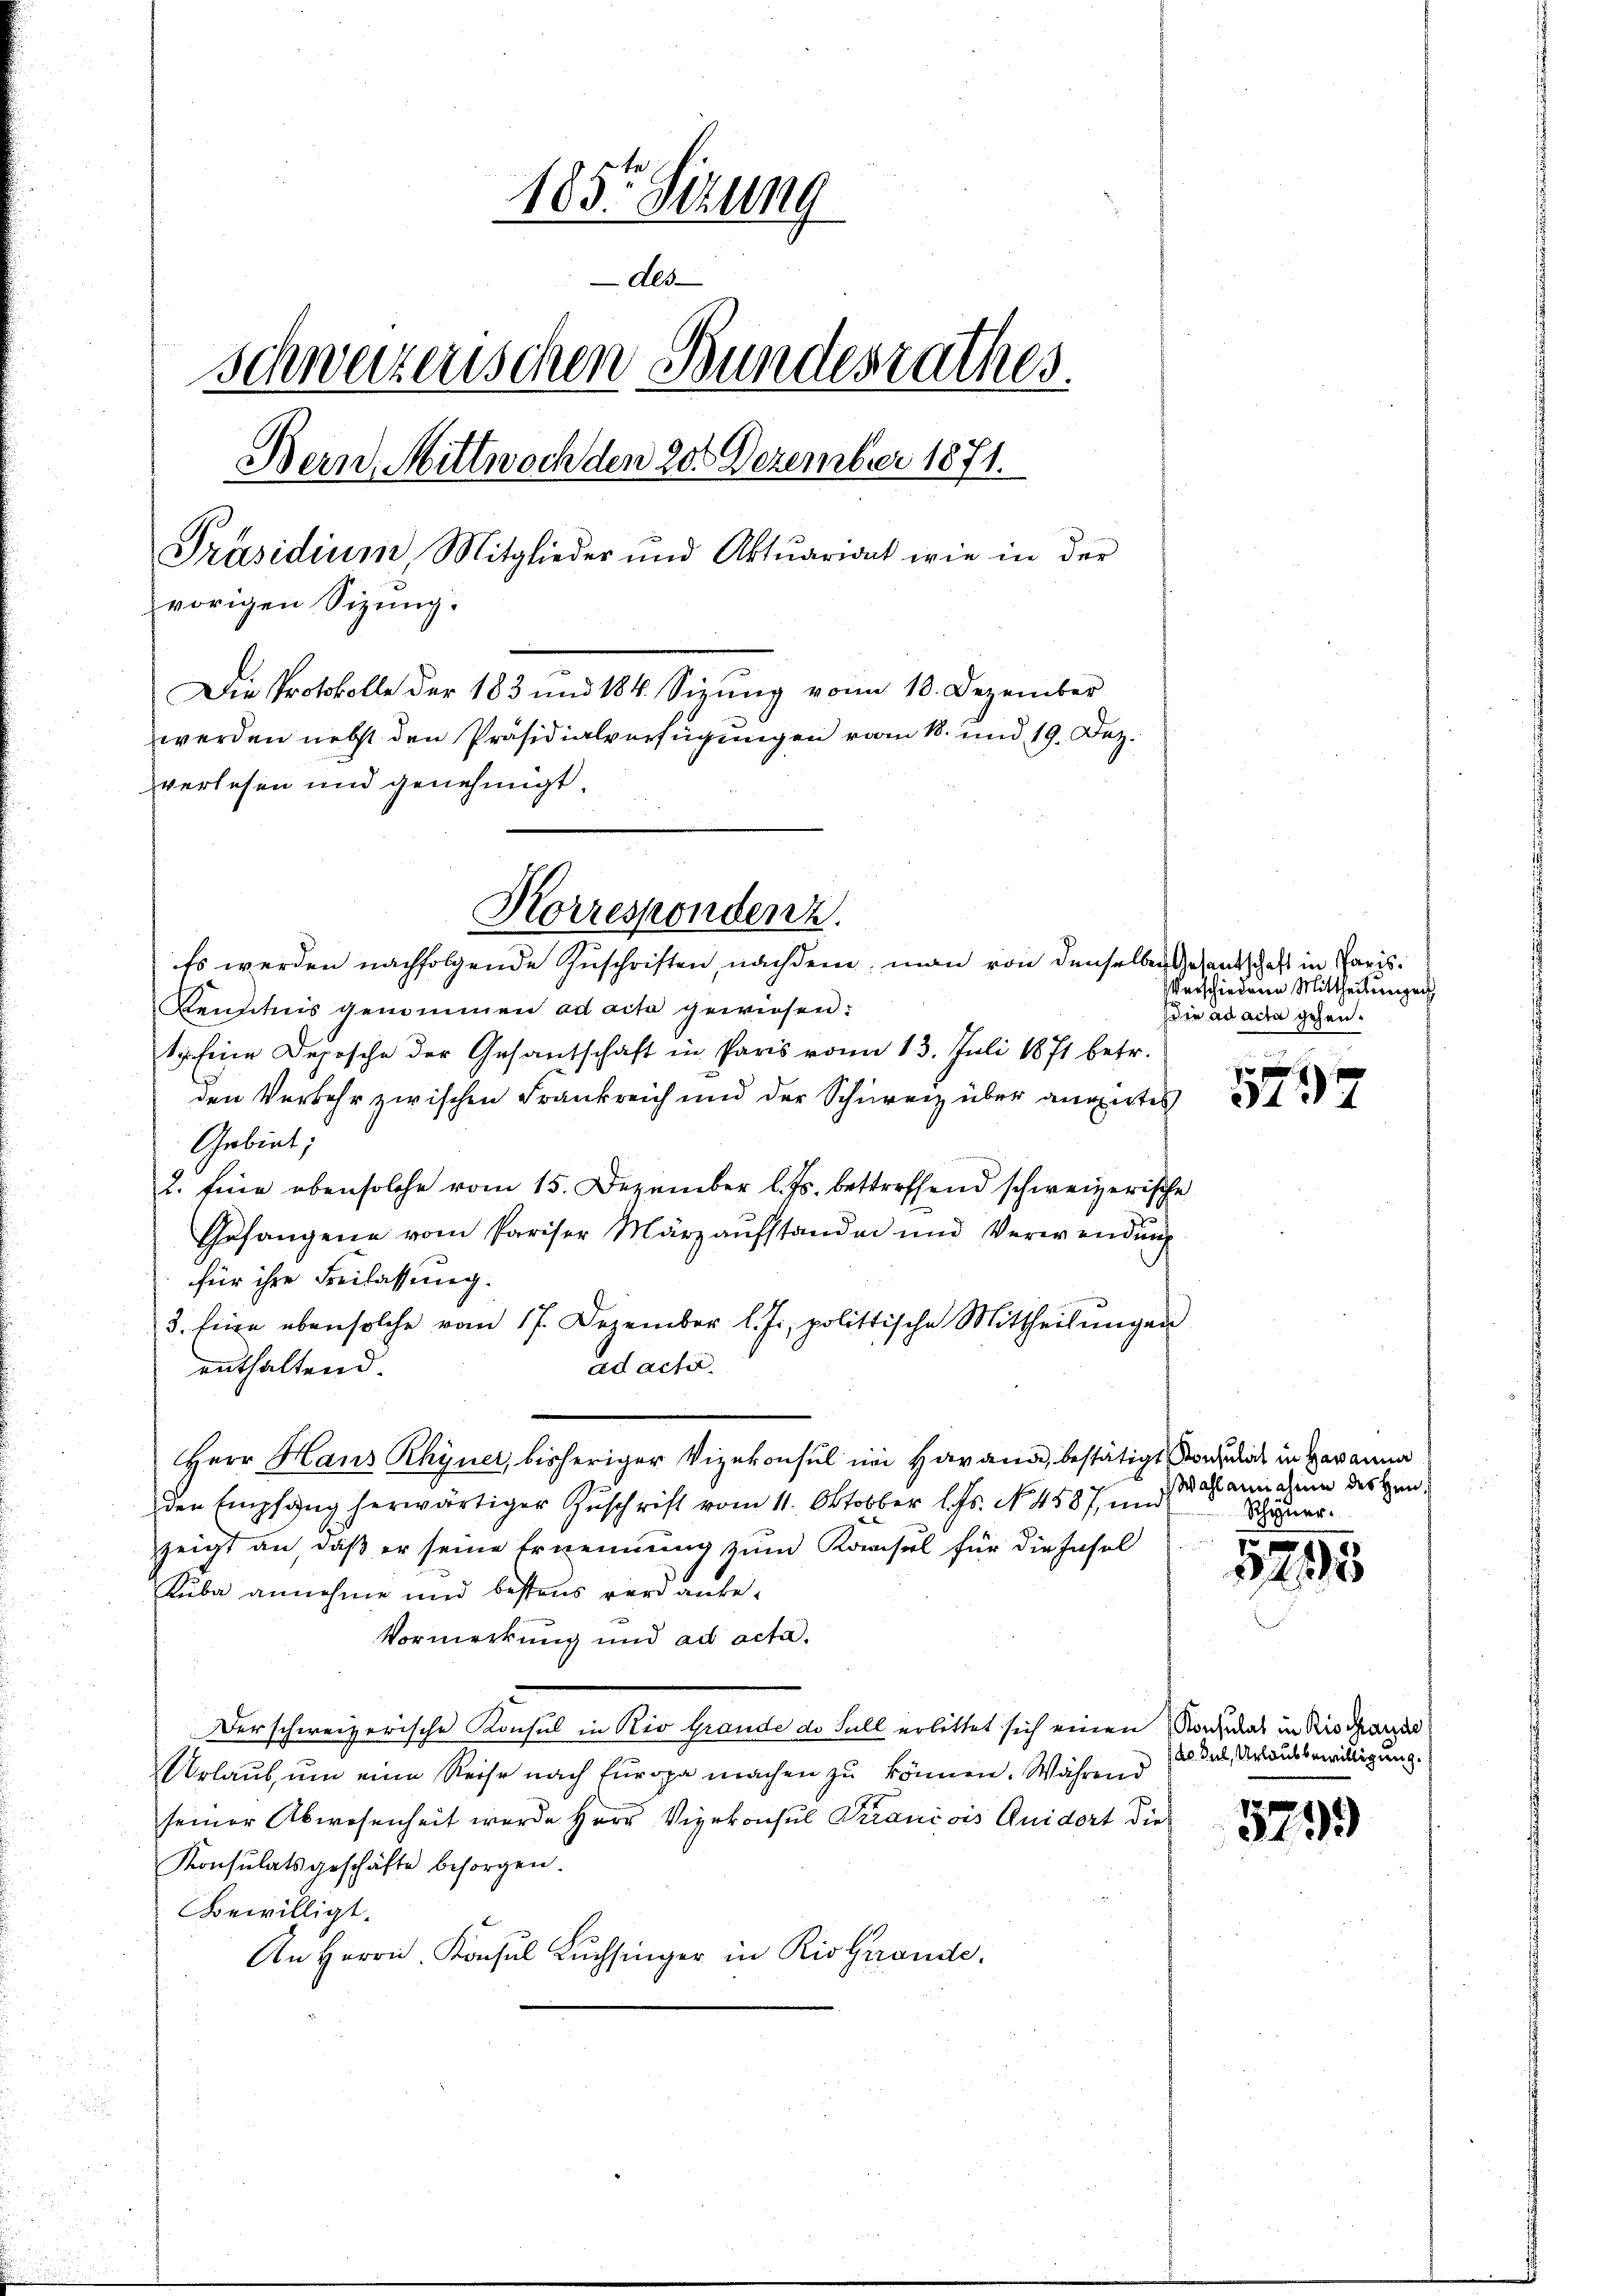
185. Sizung
des
schweizerischen Bundesrathes.
Bern, Mittwoch den 20. Dezember 1871.
Präsidium, Mitglieder und Aktuariant wie in der
vorigen Sizung.
Die Protokolle der 183 und 184. Sizŭng vom 18. Dezember
werden nebst den Präsidialverfügungen vom 18. und 19. Dez.
verlesen und genehmigt.

Es werden nachfolgende Zuschriften, nachdem man von denselben Arsentschaft in Paris¬
Kenntnis genommen ad acta gewiesen:
1. Eine Depesche der Gesantschaft in Paris vom 13. Juli 1871 betr.
den Verkehr zwischen Frankreich und der Schweiz über angirtes
Gebiet,
2. Eine oben solche vom 15. Dezember l. Js. betreffend schweizerische
Gefangene vom Pariser März aufstanden und Verwendung
für ihre Freilassung.
3. Eine eben solche vom 17. Dezember l. Js. politische Mittheilŭngen
ad acta.
enthaltend.
den Empfang herwärtiger Zuschrift vom 11. Oktobber l. Js. No. 4587, und
zeigt an, daß er seine Ernennung zum Konsul für die Insel
Kuba annehme und bestens wird anbe¬
Vormerkung und ad acta.
Der schweizerische Konsul in Rio Grande de Fall erbittet sich einen Konsulas in Risshande
Urlaub, um eine Reise nach Europa machen zu können. Während
seiner Abwesenheit werde Herr Vizekonsul Krancois Quidort dies
Konsulatsgeschäfte besorgen.
Bewilligt.
An Herrn. Konsul Lŭchsinger in Rio Grande.

Korrespondenz.

Herr Haus Rhyner, bisheriger Vizekonsul im Havana, bestätigt worderlich in Heranna

Verschiedenen Mittheilungen
die ad acta gehen.

f x
347

Wahl annahme des Hrn.
Schyner.

1215

to Sul, Urlaub bewilligung.

.
3133